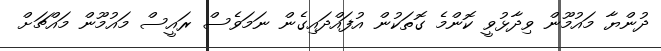
ދުންޔާ މައުމޫން ވިދާޅުވީ ކޮންމެ ގޮތަކުން އުފައްދައިގެން ނަމަވެސް ރައީސް މައުމޫން މައްޗަށް